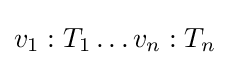
v_{1}:T_{1}\dots v_{n}:T_{n}